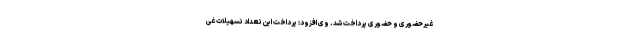
غیرحضوری و حضوری پرداخت شد. وی افزود: پرداخت این تعداد تسهیلات غی